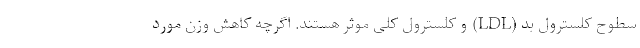
سطوح کلسترول بد (LDL) و کلسترول کلی موثر هستند. اگرچه کاهش وزن مورد